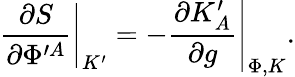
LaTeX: \left.{\frac{\partial S}{\partial\Phi^{\prime A}}}\right|_{K^{\prime}}=-\left.{\frac{\partial K_{A}^{\prime}}{\partial g}}\right|_{\Phi,K}.